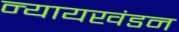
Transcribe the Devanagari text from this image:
न्यायखंडन